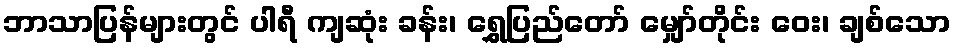
ဘာသာပြန်များတွင် ပါရီ ကျဆုံး ခန်း၊ ရွှေပြည်တော် မျှော်တိုင်း ဝေး၊ ချစ်သော